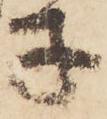
子